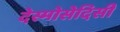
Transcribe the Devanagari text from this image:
देस्मोसेदिसी